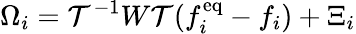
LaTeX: \Omega_{i}=\mathcal{T}^{-1}W\mathcal{T}(f_{i}^{\mathrm{eq}}-f_{i})+\Xi_{i}